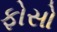
ફોસો